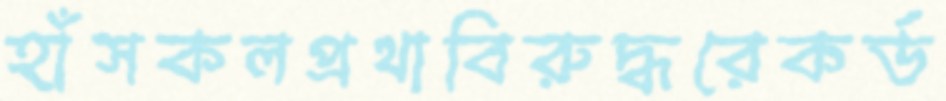
হাঁসকলপ্রথাবিরুদ্ধরেকর্ড